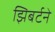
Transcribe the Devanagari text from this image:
झिबर्टने